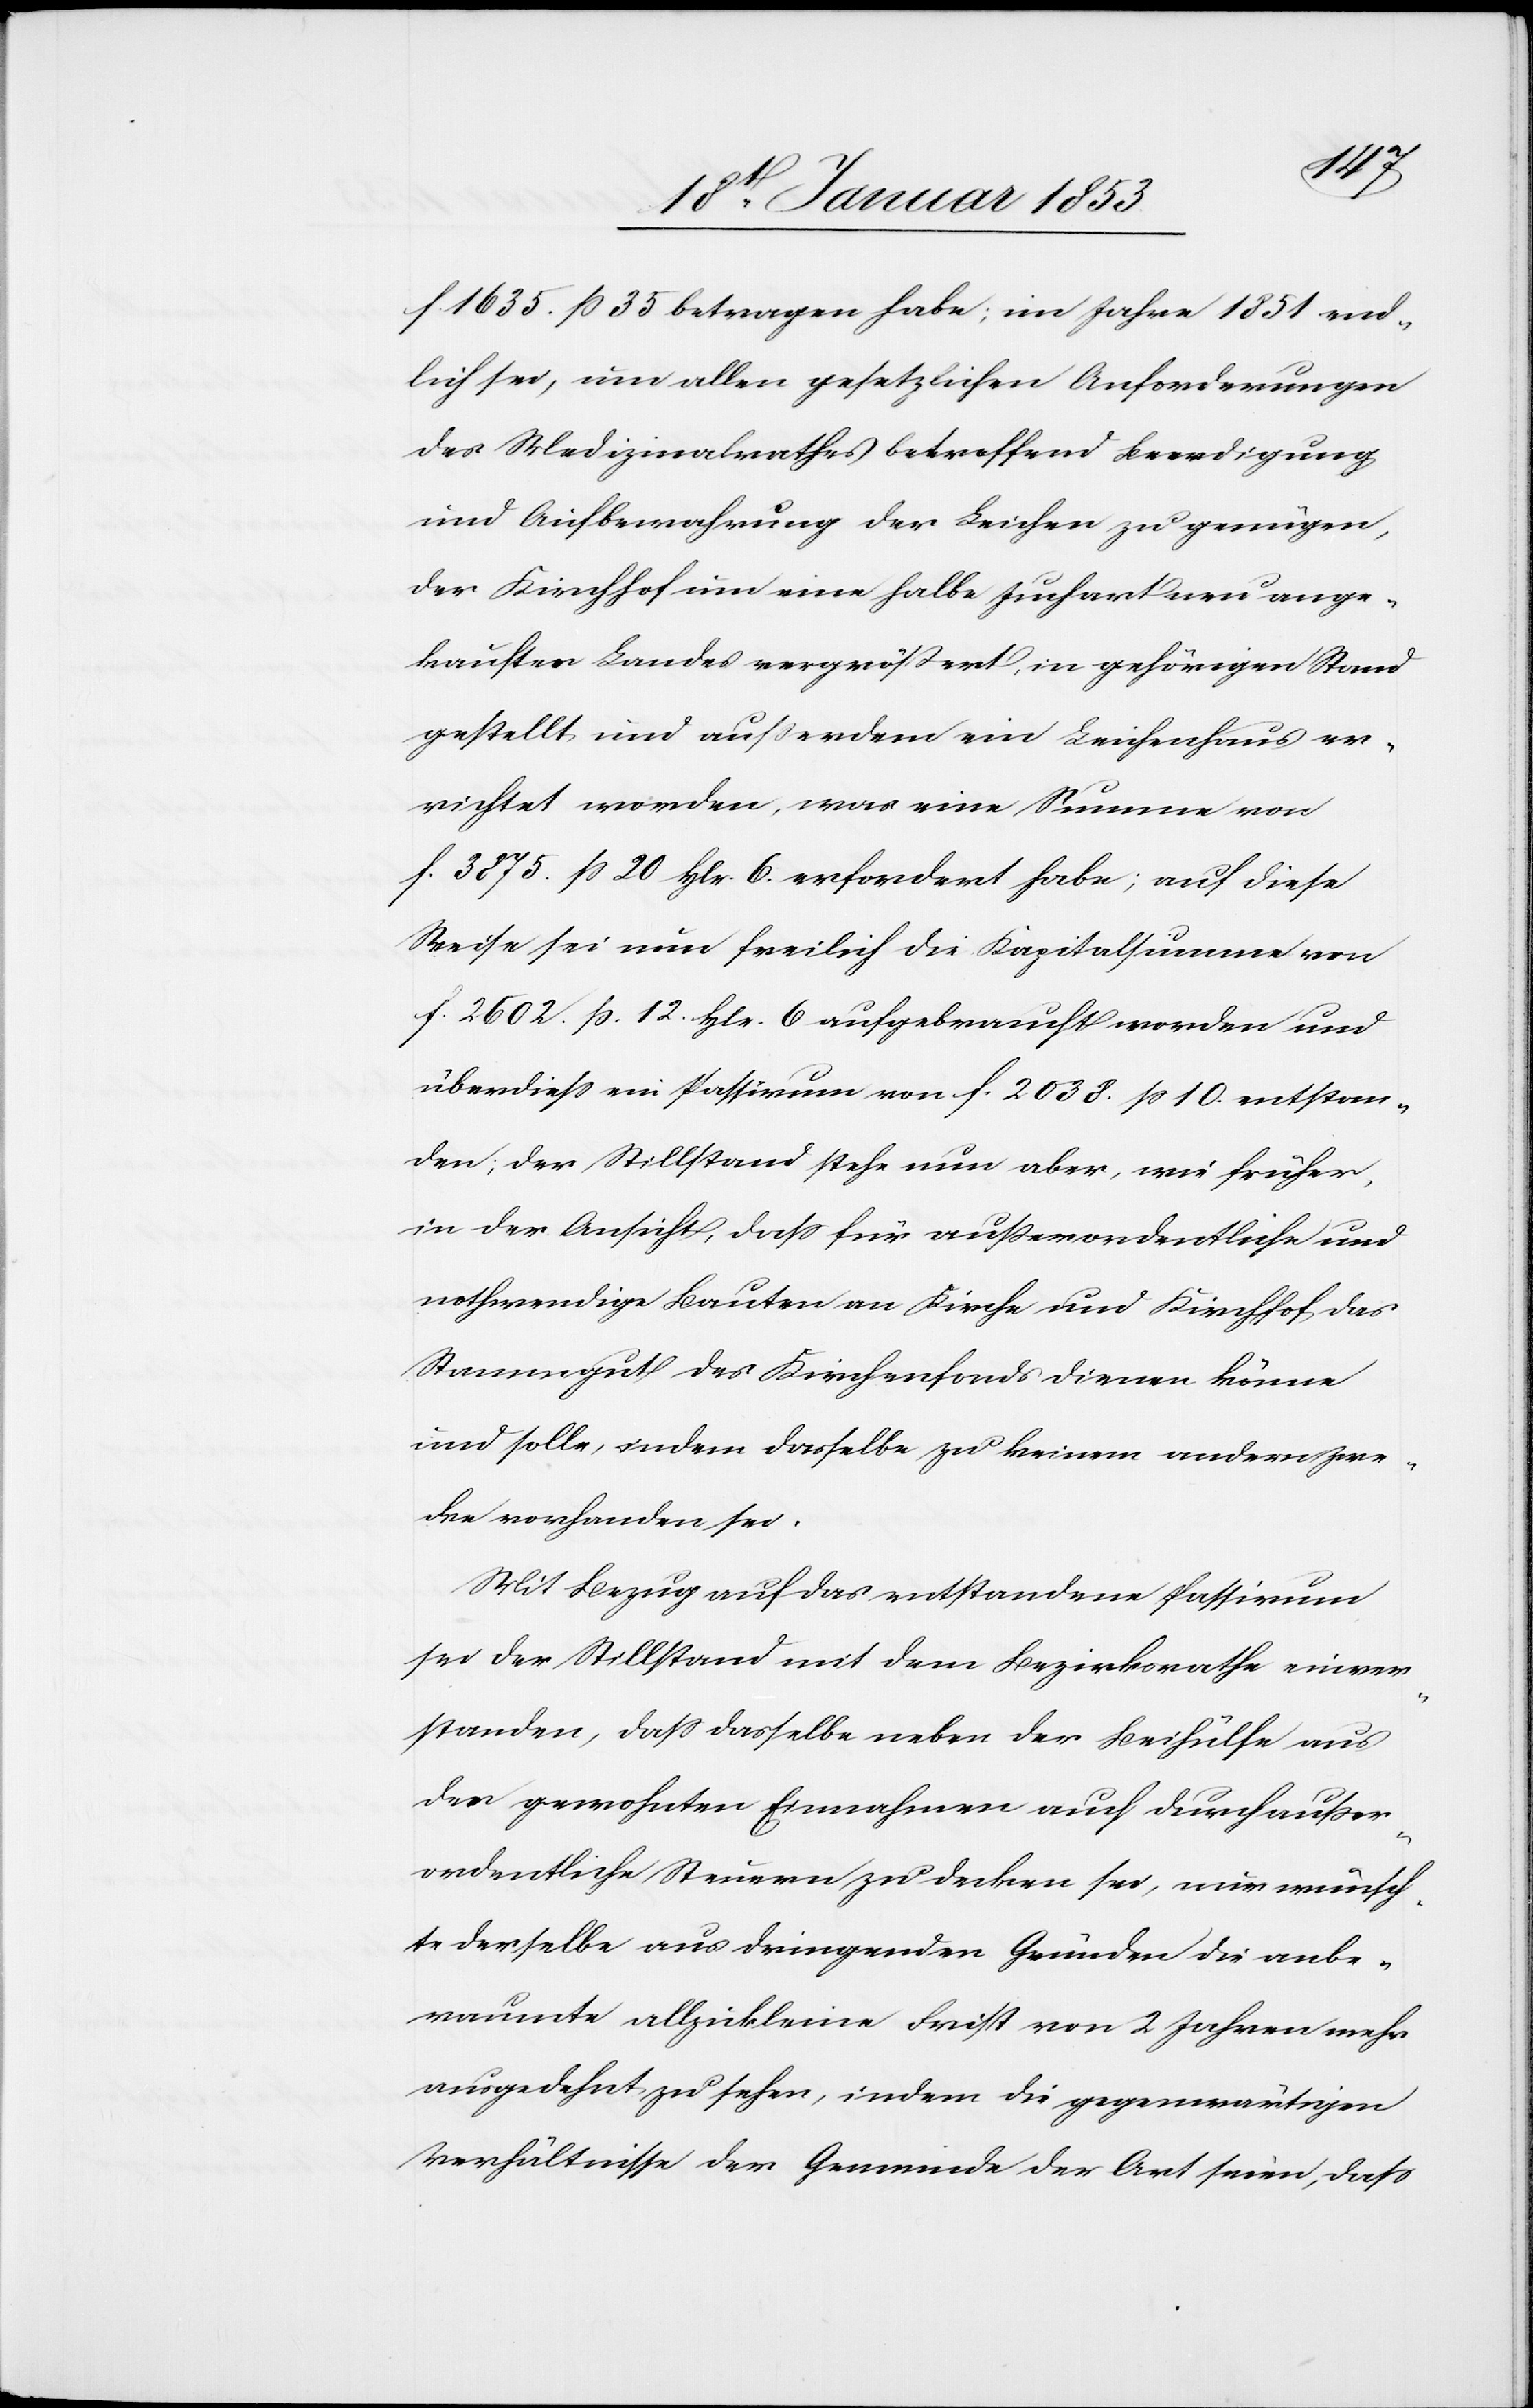
f. 1635. ß 35 betragen habe; im Jahre 1851 end¬
lich sei, um allen gesetzlichen Anforderungen
des Medizinalrathes betreffend Beerdigung
und Aufbewahrung der Leichen zu genügen,
der Kirchhof um eine halbe Juchart neu ange¬
kauften Landes vergrößert, in gehörigen Stand
gestellt, und außerdem ein Leichenhaus er¬
richtet worden, was eine Summe von
f. 3875. ß 20. hlr. 6 aufgebracht worden und
überdieß ein Passivum von f. 2038. ß 10. entsproc¬
hen; der Stillstand stehe nun aber, wie früher,
in der Ansicht, daß für außerordentliche und
nothwendige Bauten an Kirche und Kirchhof, das
Stammgut des Kirchenfonds dienen könne
und solle, indem dasselbe zu keinem andern Zwe¬
cke vorhanden sei.
Mit Bezug auf das entstandene Passivum
sei der Stillstand mit dem Bezirksrathe einver¬
standen, daß dasselbe neben der Beihülfe aus
den gewohnten Einnahmen auch durch außer¬
ordentliche Steuern zu decken sei, nur wünsch¬
te derselbe aus dringenden Gründen die anbe¬
raumte allzukleine Frist von 2 Jahren mehr
ausgedehnt zu sehen, indem die gegenwärtigen
Verhältnisse der Gemeinde der Art seien, daß